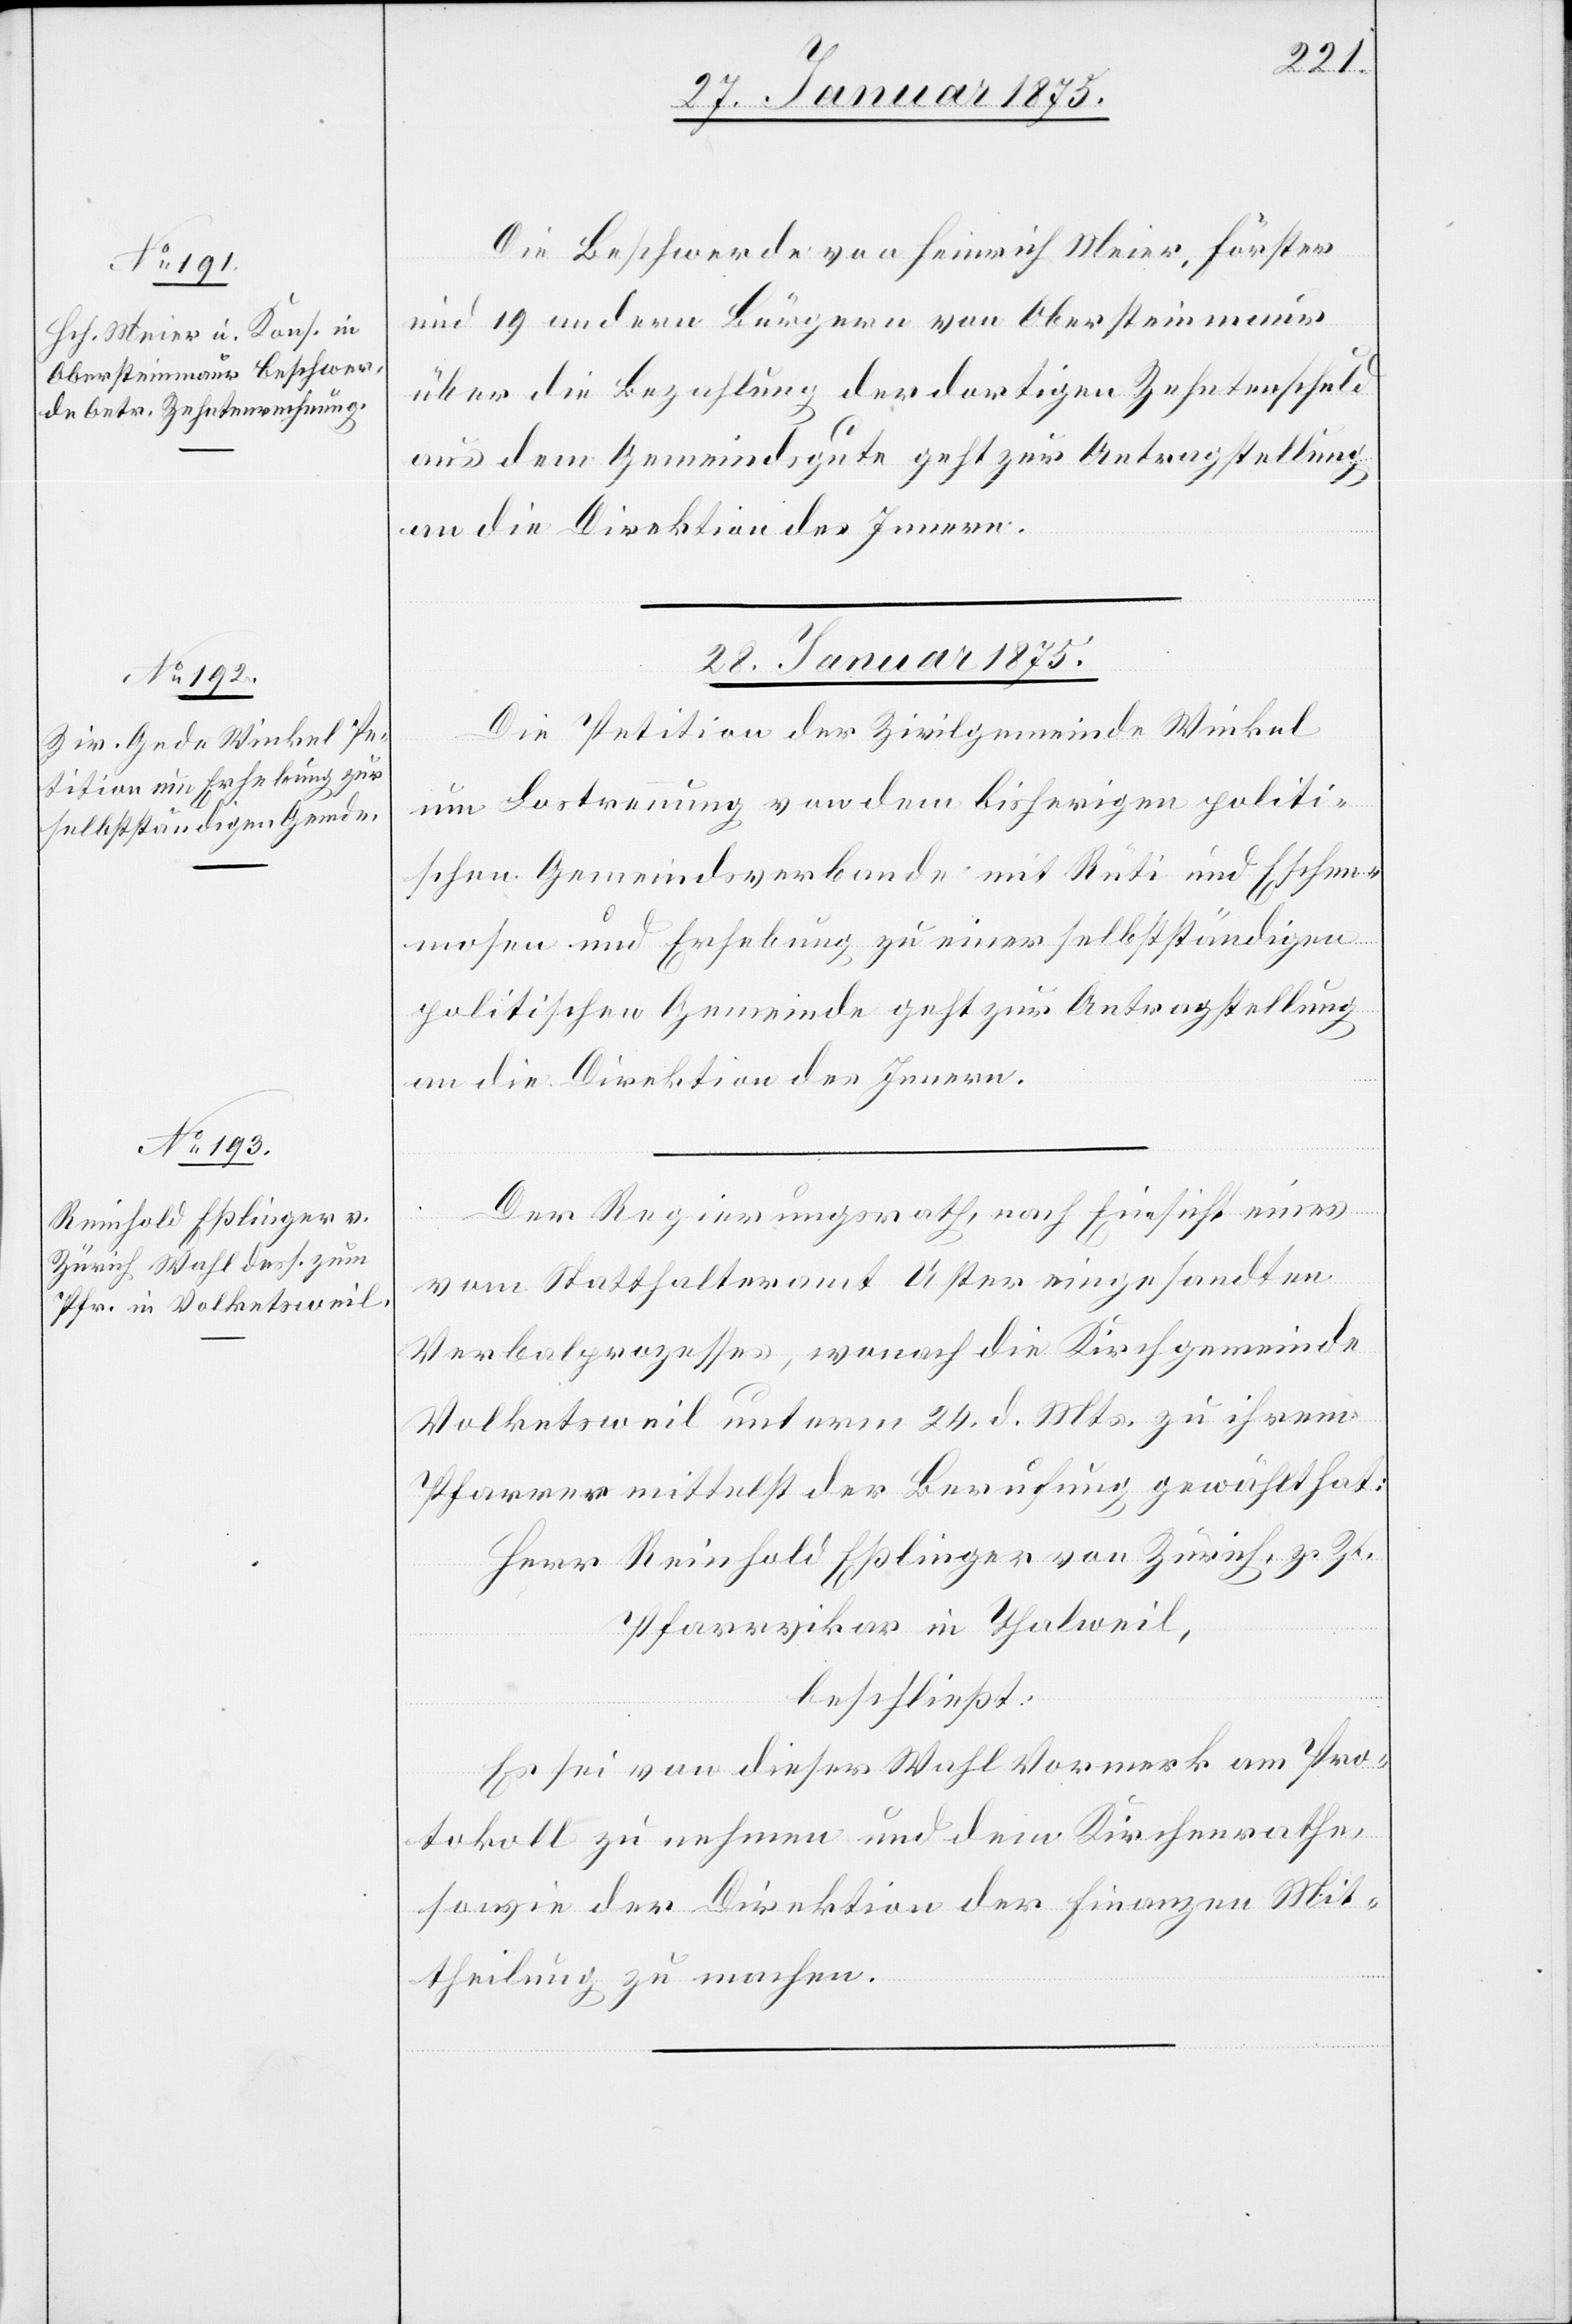
27. Januar 1875.]
Die Beschwerde von Heinrich Meier, Förster
und 19 anderen Bürgern von Obersteinmaur
über die Bezahlung der dortigen Zehntenschuld
aus dem Gemeindsgute geht zur Antragstellung
an die Direktion des Innern.
28. Januar 1875.]
Die Petition der Zivilgemeinde Winkel
um Lostrennung von dem bisherigen politi¬
schen Gemeindsverbande mit Rüti und Eschen¬
mosen und Erhebung zu einer selbstständigen
politischen Gemeinde geht zur Antragstellung
Der Regierungsrath, nach Einsicht eines
vom Statthalteramt Uster eingesandten
Verbalprozesses, wonach die Kirchgemeinde
Volketsweil unterm 24. d. Mts. zu ihrem
Pfarrer mittelst der Berufung gewählt hat:
Herr Reinhold Eßlinger von Zürich, z. Zt.
Pfarrvikar in Thalweil
beschließt:
Es sei von dieser Wahl Vormerk am Pro¬
tokoll zu nehmen und dem Kirchenrathe,
sowie der Direktion der Finanzen Mit¬
theilung zu machen.